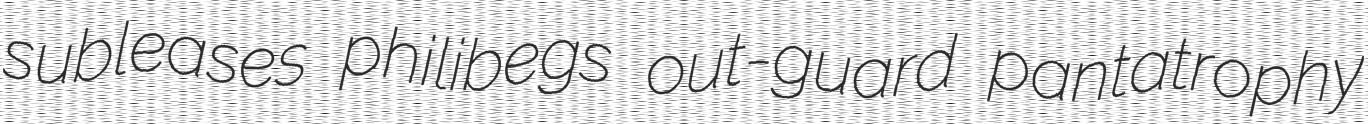
subleases philibegs out-guard pantatrophy